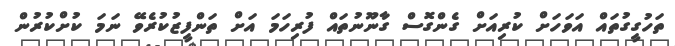
ތަހުގީގުތައް އަވަހަށް ކުރިއަށް ގެންގޮސް ގާނޫނުތައް ފުރިހަމަ އަށް ތަންފީޒުކުރެވޭ ނަމަ ކުށްކުރުން